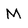
Character: M